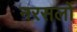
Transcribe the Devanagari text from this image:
नरसलों